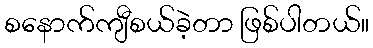
စနောက်ကျီစယ်ခဲ့တာ ဖြစ်ပါတယ်။